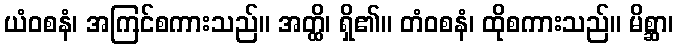
ယံဝစနံ၊ အကြင်စကားသည်။ အတ္ထိ၊ ရှိ၏။ တံဝစနံ၊ ထိုစကားသည်။ မိစ္ဆာ၊